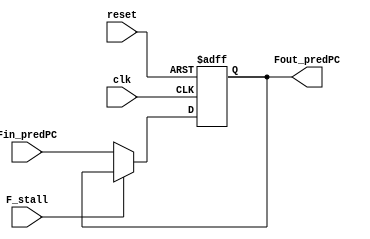
module y86_regF (clk, reset,    // clock
                F_stall, Fin_predPC,  // input
                Fout_predPC);   // output
    input           clk, reset;
    input           F_stall;
    input   [31:0]  Fin_predPC;

    output  [31:0]  Fout_predPC;
    reg     [31:0]  Fout_predPC;

    always @ (posedge clk or negedge reset) begin
        if (reset == 0) begin
            Fout_predPC <= 31'b0;
        end else begin
            if (F_stall == 0) begin
                Fout_predPC <= Fin_predPC;
            end
        end
    end
endmodule // y86_regF